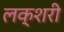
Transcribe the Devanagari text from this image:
लक्शरी